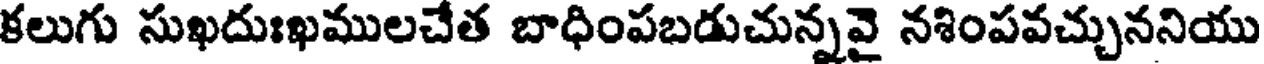
కలుగు సుఖదుఃఖములచేత బాధింపబడుచున్నవై నశింపవచ్చుననియు